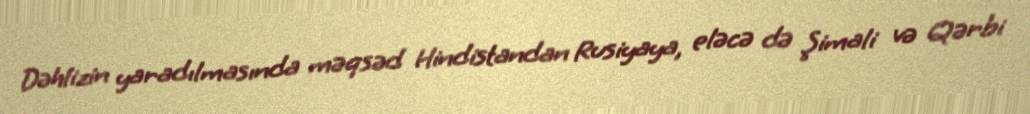
Dəhlizin yaradılmasında məqsəd Hindistandan Rusiyaya, eləcə də Şimali və Qərbi